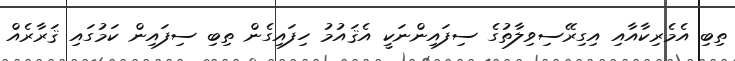
ތިބި އެމެރިކާއާއި އިގިރޭސިވިލާތުގެ ސިފައިންނަކީ އެޤައުމު ހިފައިގެން ތިބި ސިފައިން ކަމުގައި ޤަރާރެއް